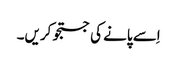
اِسے پانے کی جستجو کریں۔